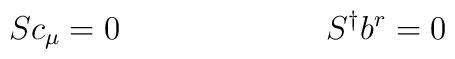
Sc_\mu = 0 ~~~~~~~~~~~~~~~~~~~S^{\dagger}b^r = 0